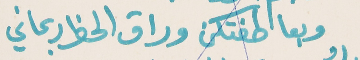
وبعاطفتكن وراق الحظ ربحاني